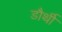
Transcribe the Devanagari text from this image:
डौर्थी